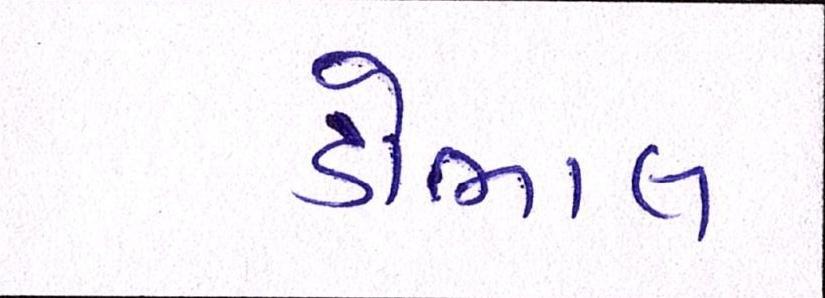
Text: ડોભાલ